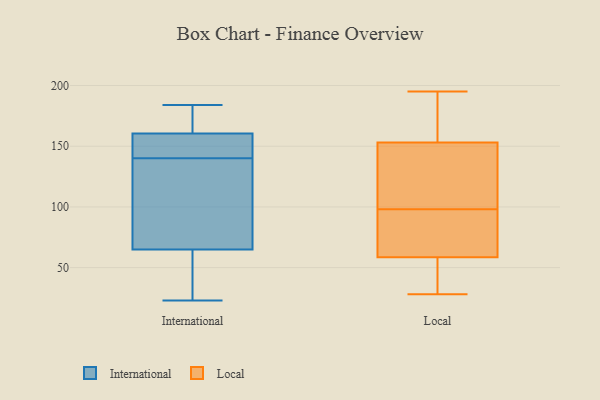
{"axis": {"x": "Operating Costs (USD K)", "y": "Value"}, "legend": ["International", "Local"], "data": [{"x": "", "y": 23, "type": "International"}, {"x": "", "y": 140, "type": "International"}, {"x": "", "y": 153, "type": "International"}, {"x": "", "y": 66, "type": "International"}, {"x": "", "y": 140, "type": "International"}, {"x": "", "y": 46, "type": "International"}, {"x": "", "y": 166, "type": "International"}, {"x": "", "y": 167, "type": "International"}, {"x": "", "y": 60, "type": "International"}, {"x": "", "y": 139, "type": "International"}, {"x": "", "y": 149, "type": "International"}, {"x": "", "y": 64, "type": "International"}, {"x": "", "y": 120, "type": "International"}, {"x": "", "y": 173, "type": "International"}, {"x": "", "y": 155, "type": "International"}, {"x": "", "y": 184, "type": "International"}, {"x": "", "y": 195, "type": "Local"}, {"x": "", "y": 53, "type": "Local"}, {"x": "", "y": 28, "type": "Local"}, {"x": "", "y": 179, "type": "Local"}, {"x": "", "y": 160, "type": "Local"}, {"x": "", "y": 139, "type": "Local"}, {"x": "", "y": 57, "type": "Local"}, {"x": "", "y": 159, "type": "Local"}, {"x": "", "y": 66, "type": "Local"}, {"x": "", "y": 66, "type": "Local"}, {"x": "", "y": 77, "type": "Local"}, {"x": "", "y": 121, "type": "Local"}, {"x": "", "y": 48, "type": "Local"}, {"x": "", "y": 119, "type": "Local"}, {"x": "", "y": 60, "type": "Local"}, {"x": "", "y": 147, "type": "Local"}]}